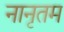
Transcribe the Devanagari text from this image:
नानृतम